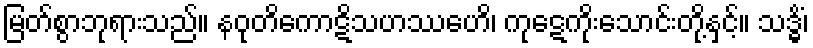
မြတ်စွာဘုရားသည်။ နဝုတိကောဋိသဟဿေဟိ၊ ကုဋေကိုးသောင်းတို့နှင့်။ သဒ္ဓိံ၊